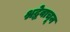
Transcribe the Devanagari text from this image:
श्रद्धेवाचून